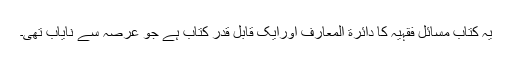
یہ کتاب مسائل فقہیہ کا دائرة المعارف اورایک قابل قدر کتاب ہے جو عرصہ سے نایاب تھی۔